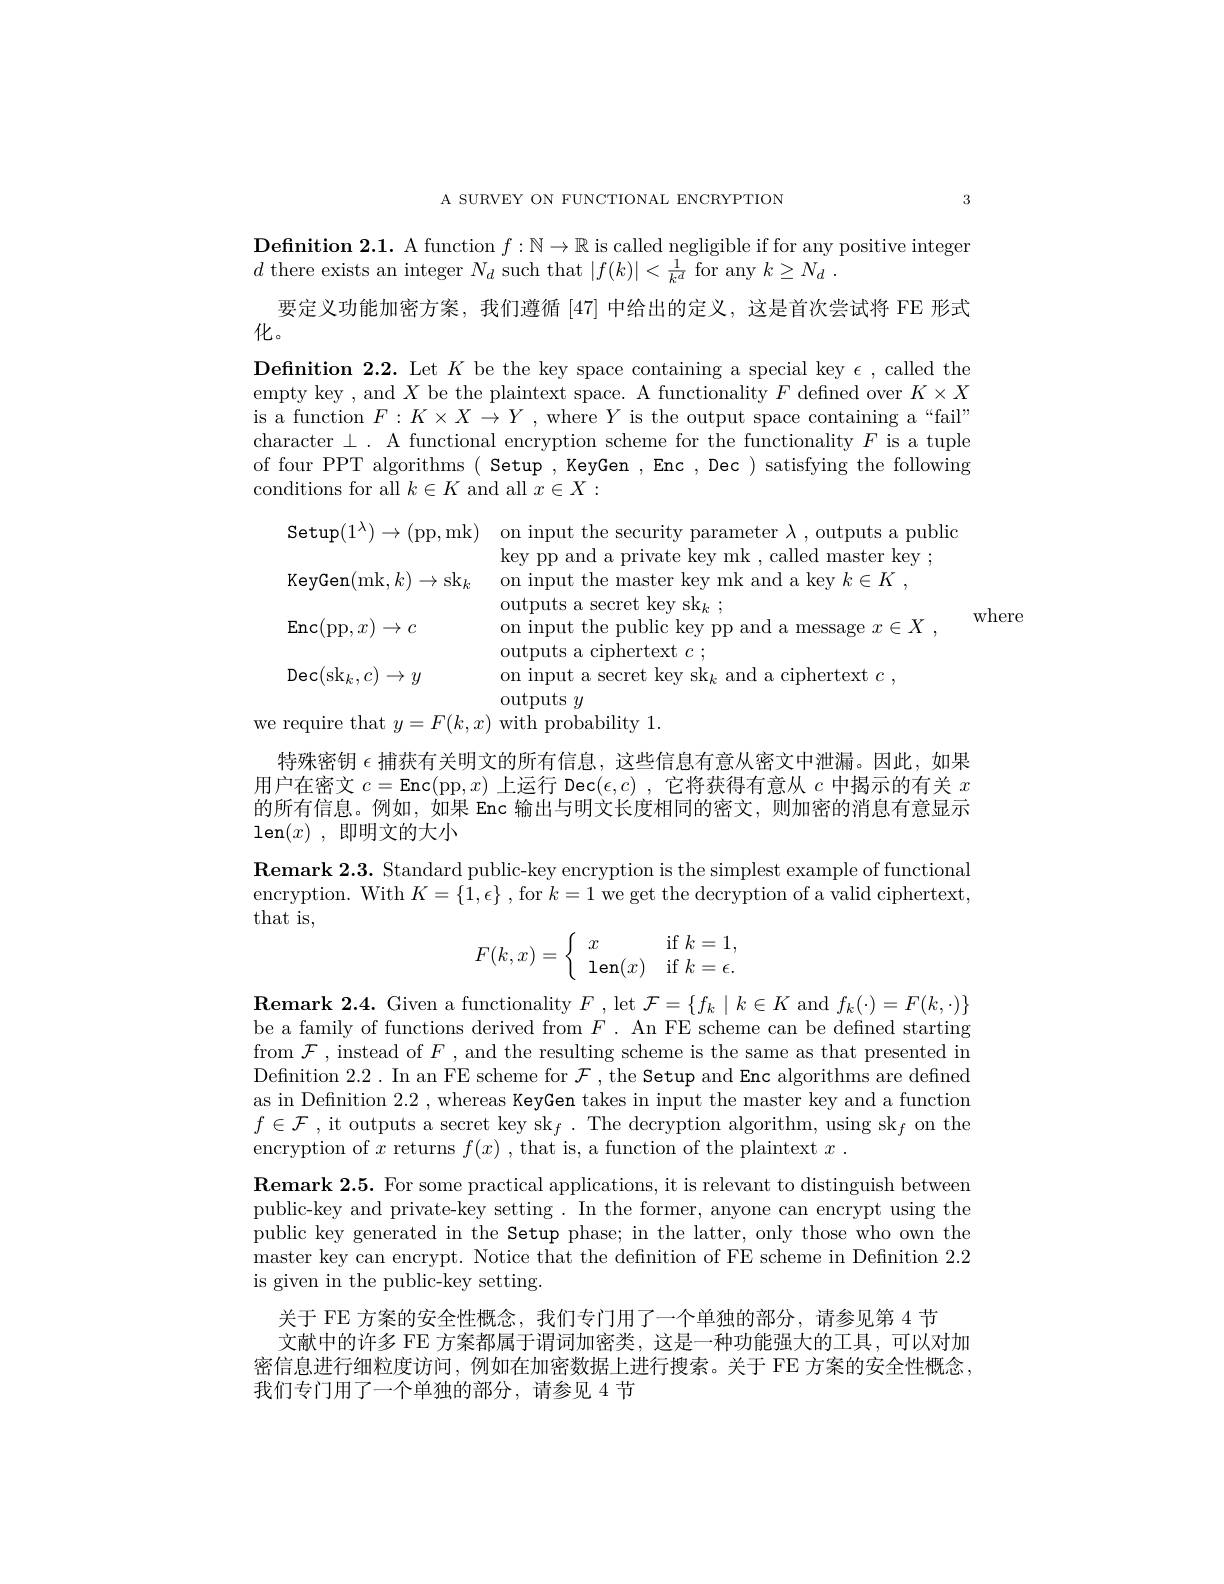
A SURVEY ON FUNCTIONAL ENCRYPTION

3

Definition 2.1. A function $f:\mathbb{N}\to\mathbb{R}$ is called negligible if for any positive integer
$d$ there exists an integer $N_d$ such that $|f(k)|<\frac1{k^d}$ for any $k\geq N_d$ .
要定义功能加密方案，我们遵循[47]中给出的定义，这是首次尝试将 FE 形式
化。

$\textbf{Definition 2. 2. Let }K$ be the key space containing a special key $\epsilon $,called the empty key , and $X$ be the plaintext space. A functionality $F$ defined over $K\times X$ is a function $F:K\times X\to Y$ , where $Y$ is the output space containing a“fail” character $\bot.$ A functional encryption scheme for the functionality $F$ is a tuple of four PPT algorithms ( Setup , KeyGen , Enc , Dec ) satisfying the following conditions for all $k\in K$ and all $x\in X:$
$$\begin{aligned}&\mathsf{Setup}(1^{\lambda})\to(\mathrm{pp},\mathrm{mk})&&\mathrm{on~input~the~security~parameter~\lambda~,~outputs~a~public}\\&&&\mathrm{key~pp~and~a~private~key~mk~a~c,~alled~master~key~;}\\&\mathrm{KeyGen}(\mathrm{mk},k)\to\mathrm{sk}_{k}&&\mathrm{on~input~the~master~key~mk~and~a~key~}k\in K\:,\\&&&\mathrm{outputs~a~seccreckey~sk}_{k}\:;\\&\mathsf{Enc}(\mathrm{pp},x)\to c&&\mathrm{on~input~the~public~key~pp~and~a~message~}x\in X\:,\\&&&\mathrm{outputs~a~ciphertext~}c\:;\\&\mathsf{Dec}(\mathrm{sk}_{k},c)\to y&&\mathrm{on~input~a~secret~key~sk}_{k}\mathrm{~and~a~ciphertext~}c\:,\end{aligned}$$
where
we require that $y=F(k,x)$ with probability 1.

特殊密钥$\epsilon$捕获有关明文的所有信息，这些信息有意从密文中泄漏。因此，如果用户在密文$c=$Enc(pp$,x)$上运行 Dec$(\epsilon,c)$ ,它将获得有意从$c$中揭示的有关$x$ 的所有信息。例如，如果 Enc 输出与明文长度相同的密文，则加密的消息有意显示$\operatorname { len} ( x)$ ,即明文的大小

$\textbf{Remark 2. 3. Standard public- key encryption is the simplest example of functional}$ encryption. With $K=\{1,\epsilon\}$ , for $k=1$ we get the decryption of a valid ciphertext, that is,
$$F(k,x)=\left\{\begin{array}{ll}x&\textrm{if}k=1,\\\textrm{len}(x)&\textrm{if}k=\epsilon.\end{array}\right.$$
$\textbf{Remark 2. 4. Given a functionality }F$,let $\mathcal{F}=\{f_k\mid k\in K$ and $f_k(\cdot)=F(k,\cdot)\}$ be a family of functions derived from $F.$ An FE scheme can be defined starting from $\mathcal{F}$, instead of $F$, and the resulting scheme is the same as that presented in Definition 2.2. In an FE scheme for $\mathcal{F}$, the Setup and Enc algorithms are defined as in Definition 2.2, whereas KeyGen takes in input the master key and a function $f\in \mathcal{F}$ , it outputs a secret key sk$_f.$ The decryption algorithm, using sk$_f$ on the encryption of $x$ returns $f(x)$ , that is, a function of the plaintext $x.$
$\textbf{Remark 2. 5. For some practical applications, it is relevant to distinguish between}$ public-key and private-key setting . In the former, anyone can encrypt using the public key generated in the Setup phase; in the latter, only those who own the master key can encrypt. Notice that the definition of FE scheme in Definition 2.2 is given in the public-key setting.

关于 FE 方案的安全性概念，我们专门用了一个单独的部分，请参见第 4 节
文献中的许多 FE 方案都属于谓词加密类，这是一种功能强大的工具，可以对加密信息进行细粒度访问，例如在加密数据上进行搜索。关于 FE 方案的安全性概念， 我们专门用了一个单独的部分，请参见 4 节